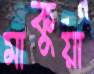
মাকুয়া